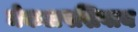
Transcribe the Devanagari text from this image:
मेकअपशिवाय